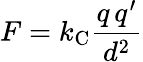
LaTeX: F=k_{\mathrm{{C}}}{\frac{q\, q^{\prime}}{d^{2}}}